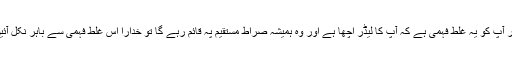
اگر آپ کو یہ غلط فہمی ہے کہ آپ کا لیڈر اچھا ہے اور وہ ہمیشہ صراط مستقیم پہ قائم رہے گا تو خدارا اس غلط فہمی سے باہر نکل آئیں۔